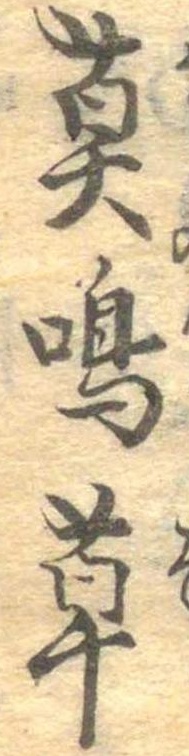
莫鳴草